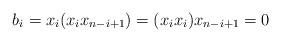
LaTeX: \begin{align*} b_i = x_i(x_ix_{n-i+1}) = (x_ix_i)x_{n-i+1} = 0 \end{align*}